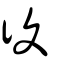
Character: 復